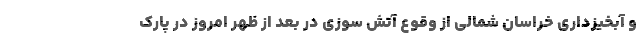
و آبخیزداری خراسان شمالی از وقوع آتش سوزی در بعد از ظهر امروز در پارک